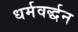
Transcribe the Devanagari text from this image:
धर्मवर्द्धन